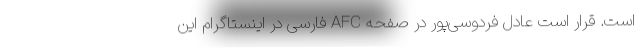
است. قرار است عادل فردوسی‌پور در صفحه AFC فارسی در اینستاگرام این